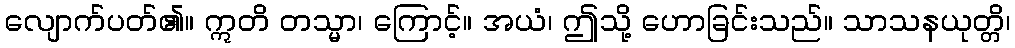
လျောက်ပတ်၏။ ဣတိ တသ္မာ၊ ကြောင့်။ အယံ၊ ဤသို့ ဟောခြင်းသည်။ သာသနယုတ္တိ၊